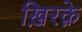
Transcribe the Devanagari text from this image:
ख़िरक़े